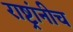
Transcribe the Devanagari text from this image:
राष्ट्रांनीच